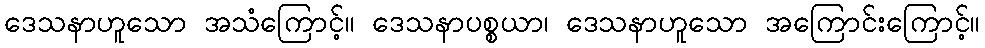
ဒေသနာဟူသော အသံကြောင့်။ ဒေသနာပစ္စယာ၊ ဒေသနာဟူသော အကြောင်းကြောင့်။